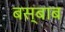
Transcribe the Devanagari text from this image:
बस्बाब